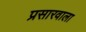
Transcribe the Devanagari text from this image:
प्रसारवाला